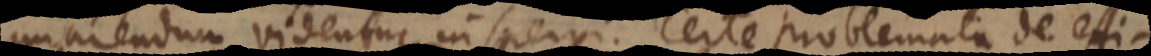
minuendum videntur inspergi. Certe problemata de et